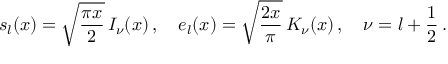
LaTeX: s _ { l } ( x ) = \sqrt { \frac { \pi x } { 2 } } \, I _ { \nu } ( x ) \, , \quad e _ { l } ( x ) = \sqrt { \frac { 2 x } { \pi } } \, K _ { \nu } ( x ) \, , \quad \nu = l + \frac { 1 } { 2 } \, .